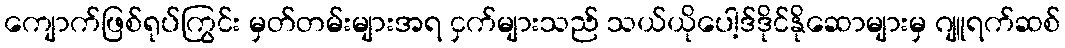
ကျောက်ဖြစ်ရုပ်ကြွင်း မှတ်တမ်းများအရ ငှက်များသည် သယ်ယိုပေါ့ဒ်ဒိုင်နိုဆောများမှ ဂျူရက်ဆစ်